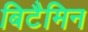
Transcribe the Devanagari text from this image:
बिटैमिन